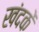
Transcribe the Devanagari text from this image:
खंदकें